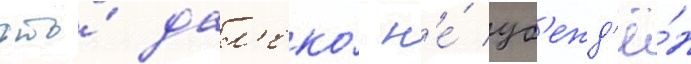
что́ дал'еко́ н'е́ уб'ежд'ё́н